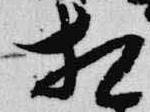
相